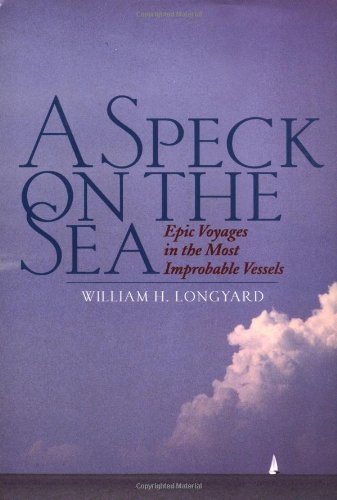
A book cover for A Speck on the Sea : Epic Voyages in the Most Improbable Vessels; William Longyard; Sports & Outdoors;